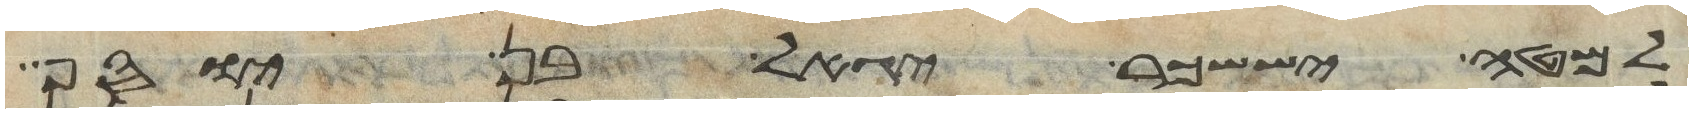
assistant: למטה יששכר יגאל בן יוסף